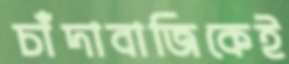
চাঁদাবাজিকেই